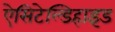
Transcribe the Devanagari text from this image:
ऐसिटेल्डिहाइड